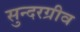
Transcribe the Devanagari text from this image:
सुन्दरग्रीव